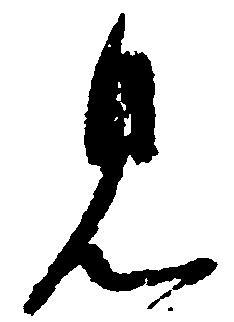
見